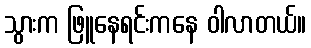
သွားက ဖြူနေရင်းကနေ ဝါလာတယ်။